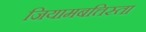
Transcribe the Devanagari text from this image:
जियामबत्तिस्ता